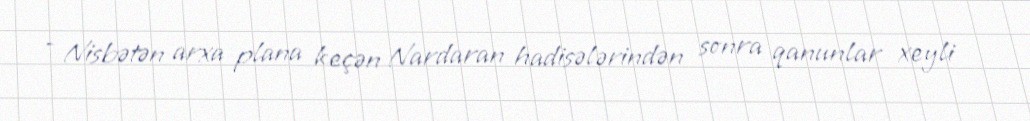
- Nisbətən arxa plana keçən Nardaran hadisələrindən sonra qanunlar xeyli